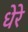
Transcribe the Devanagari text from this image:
धेरे